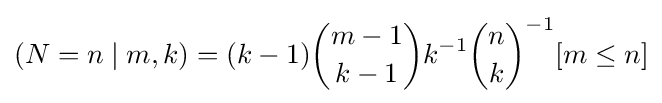
(N=n\mid m,k)=(k-1){\binom {m-1}{k-1}}k^{-1}{\binom {n}{k}}^{-1}[m\leq n]